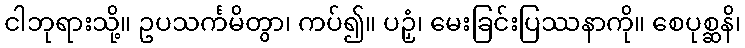
ငါဘုရားသို့။ ဥပသင်္ကမိတွာ၊ ကပ်၍။ ပဉှံ၊ မေးခြင်းပြဿနာကို။ စေပုစ္ဆနိ၊